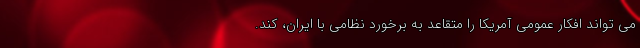
می تواند افکار عمومی آمریکا را متقاعد به برخورد نظامی با ایران، کند.